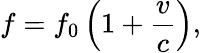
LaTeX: f=f_{0}\left(1+{\frac{v}{c}}\right),